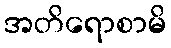
အတိရောစာမိ